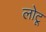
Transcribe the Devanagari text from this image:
लोटू